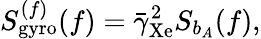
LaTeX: S_{\mathrm{gyro}}^{(f)}(f)=\bar{\gamma}_{\mathrm{Xe}}^{2}S_{b_{A}}(f),